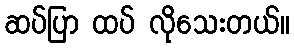
ဆပ်ပြာ ထပ် လိုသေးတယ်။